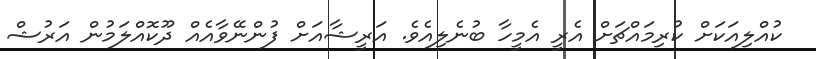
ކުއްލިއަކަށް ކުރިމައްޗަށް އެރީ އެމީހާ ބުނެލިއެެވެ. އަރީޝާއަށް ފުންނޭވާއެއް ދޫކޮއްލަމުން އަރުޝް